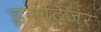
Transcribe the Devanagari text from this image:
इन्टिजर